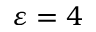
\varepsilon = 4